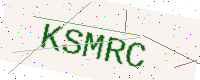
Text: KSMRC